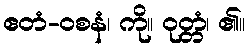
ဧတံ-ဝစနံ၊ ကို။ ဝုတ္တံ၊ ၏။